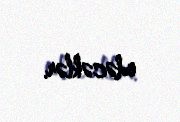
edəcəklər.